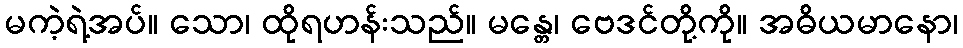
မကဲ့ရဲ့အပ်။ သော၊ ထိုရဟန်းသည်။ မန္တေ၊ ဗေဒင်တို့ကို။ အဓိယမာနော၊